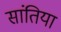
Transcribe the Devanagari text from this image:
सांतिया